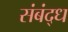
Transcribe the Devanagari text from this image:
संबंद्‌ध